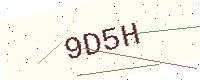
Text: 9D5H